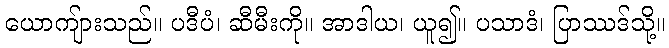
ယောကျ်ားသည်။ ပဒီပံ၊ ဆီမီးကို။ အာဒါယ၊ ယူ၍။ ပသာဒံ၊ ပြာဿဒ်သို့။